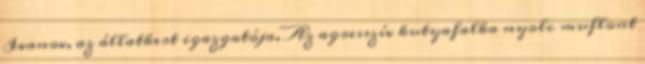
Ivanov, az állatkert igazgatója. Az agresszív kutyafalka nyolc muflont